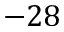
- 2 8